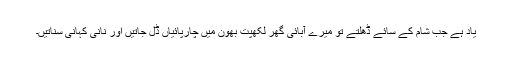
یاد ہے جب شام کے سائے ڈھلتے تو میرے آبائی گھر لکھپت بھون میں چارپائیاں ڈل جاتیں اور نانی کہانی سناتیں۔